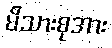
မိသားစုအား